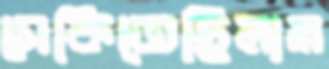
সেকিতেছিলাম